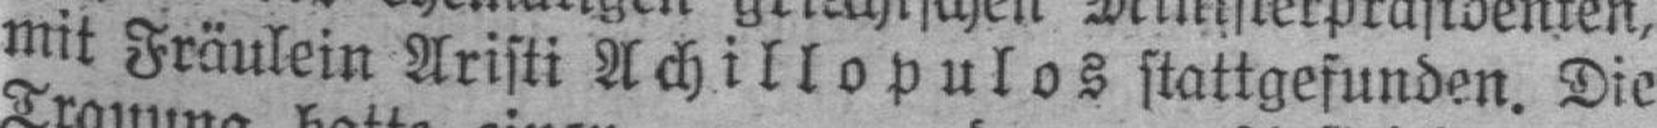
mit Fräulein Aristi Achillopulos stattgefunden. Die